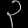
Digit: ၃